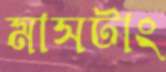
মাসটাং